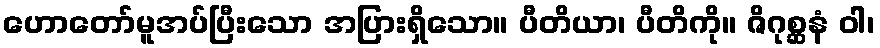
ဟောတော်မူအပ်ပြီးသော အပြားရှိသော။ ပီတိယာ၊ ပီတိကို။ ဇိဂုစ္ဆနံ ဝါ၊